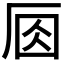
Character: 𠩛